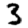
Digit: 3